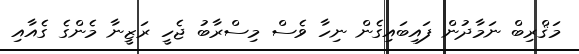
މަޤްރިބް ނަމާދުން ފައިބައިގެން ނިހާ ވެސް މިސްރާބު ޖެހީ ރަޒީނާ މެންގެ ގެއާއި